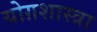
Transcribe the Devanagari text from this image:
योग़शास्त्रा